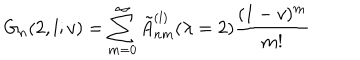
LaTeX: G _ { n } ( 2 , l ; v ) = \sum _ { m = 0 } ^ { \infty } \tilde { A } _ { n m } ^ { ( l ) } ( \lambda = 2 ) \frac { ( 1 - v ) ^ { m } } { m ! }